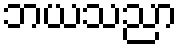
ဘယသညာ